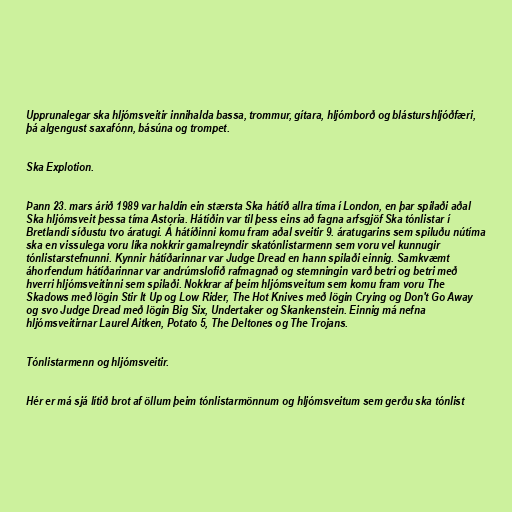
Upprunalegar ska hljómsveitir innihalda bassa, trommur, gítara, hljómborð og blásturshljóðfæri,
þá algengust saxafónn, básúna og trompet.

Ska Explotion.

Þann 23. mars árið 1989 var haldin ein stærsta Ska hátíð allra tíma í London, en þar spilaði aðal
Ska hljómsveit þessa tíma Astoria. Hátíðin var til þess eins að fagna arfsgjöf Ska tónlistar í
Bretlandi síðustu tvo áratugi. Á hátíðinni komu fram aðal sveitir 9. áratugarins sem spiluðu nútíma
ska en vissulega voru líka nokkrir gamalreyndir skatónlistarmenn sem voru vel kunnugir
tónlistarstefnunni. Kynnir hátíðarinnar var Judge Dread en hann spilaði einnig. Samkvæmt
áhorfendum hátíðarinnar var andrúmslofið rafmagnað og stemningin varð betri og betri með
hverri hljómsveitinni sem spilaði. Nokkrar af þeim hljómsveitum sem komu fram voru The
Skadows með lögin Stir It Up og Low Rider, The Hot Knives með lögin Crying og Don't Go Away
og svo Judge Dread með lögin Big Six, Undertaker og Skankenstein. Einnig má nefna
hljómsveitirnar Laurel Aitken, Potato 5, The Deltones og The Trojans.

Tónlistarmenn og hljómsveitir.

Hér er má sjá lítið brot af öllum þeim tónlistarmönnum og hljómsveitum sem gerðu ska tónlist